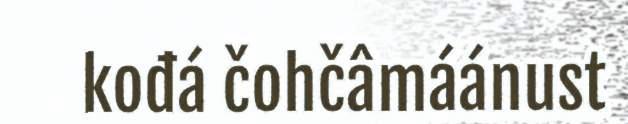
kođá čohčâmáánust